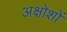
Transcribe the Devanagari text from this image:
अक्षोशों